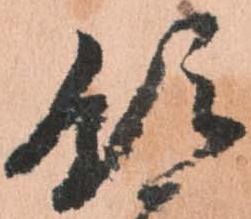
領